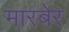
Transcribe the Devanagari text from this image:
मारबेर